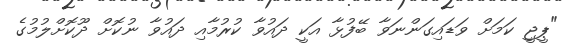
"ޕީޖީ ކަމަށް ވަޑައިގަންނަވާ ބޭފުޅާ އަކީ ދައުވާ ކުރުމާއި ދައުވާ ނުކޮށް ދޫކޮށްލުމުގެ